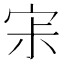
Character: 𡧯